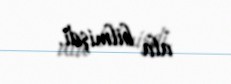
ala bilmişdi.